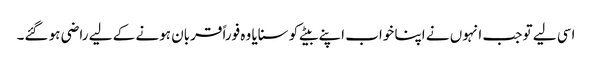
اسی لیے تو جب انہوں نے اپنا خواب اپنے بیٹے کو سنایا وہ فوراً قربان ہونے کے لیے راضی ہو گئے۔